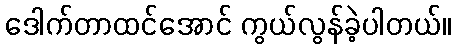
ဒေါက်တာထင်အောင် ကွယ်လွန်ခဲ့ပါတယ်။